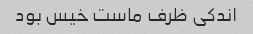
اندکی ظرف ماست خیس بود